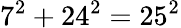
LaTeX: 7^{2}+24^{2}=25^{2}